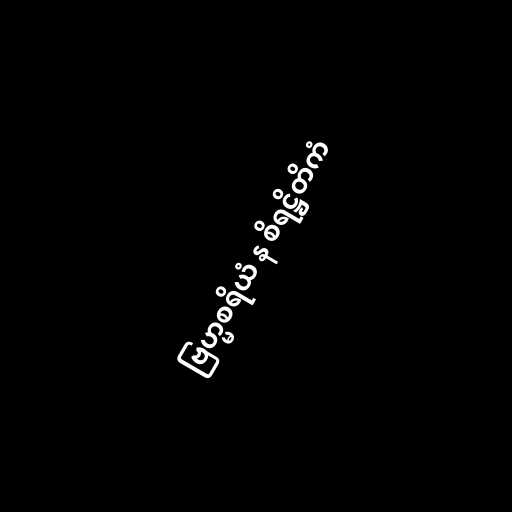
ဗြဟ္မစရိယံ န စိရဋ္ဌိတိကံ